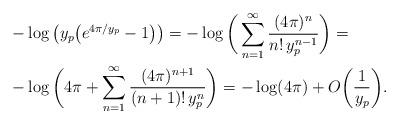
LaTeX: \begin{align*}&-\log\big(y_{p}\big(e^{4\pi\slash y_{p}} -1\big)\big)=-\log\bigg(\sum_{n=1}^{\infty}\frac{(4\pi)^{n}}{n!\,y_{p}^{n-1}}\bigg)=\\&-\log\bigg(4\pi+\sum_{n=1}^{\infty}\frac{(4\pi)^{n+1}}{(n+1)!\,y_{p}^{n}}\bigg)=-\log( 4\pi) + O\bigg(\frac{1}{y_{p}}\bigg).\end{align*}